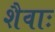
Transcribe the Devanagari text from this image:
शैवाः